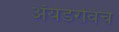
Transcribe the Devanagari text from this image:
ॲयडेरविच